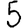
Digit: 5